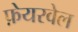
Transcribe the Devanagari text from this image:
फ़ेयरवेल